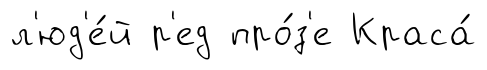
л'юд'е́й р'ед про́з'е Краса́